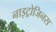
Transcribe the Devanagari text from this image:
नाइट्रोजिनस